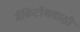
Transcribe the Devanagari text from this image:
मॅकिंटॉशसाठी